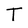
Character: T